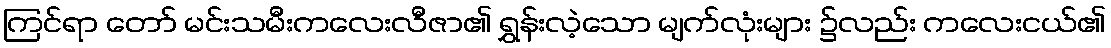
ကြင်ရာ တော် မင်းသမီးကလေးလီဇာ၏ ရွှန်းလဲ့သော မျက်လုံးများ ၌လည်း ကလေးငယ်၏